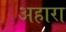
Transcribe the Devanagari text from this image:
अहारा